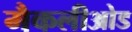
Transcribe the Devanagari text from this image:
मैकलीओड